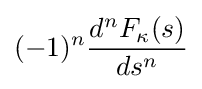
(-1)^{n}{\frac {d^{n}F_{\kappa }(s)}{ds^{n}}}